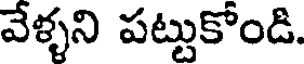
వేళ్ళని పట్టుకోండి.